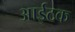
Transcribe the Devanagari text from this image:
आईटक